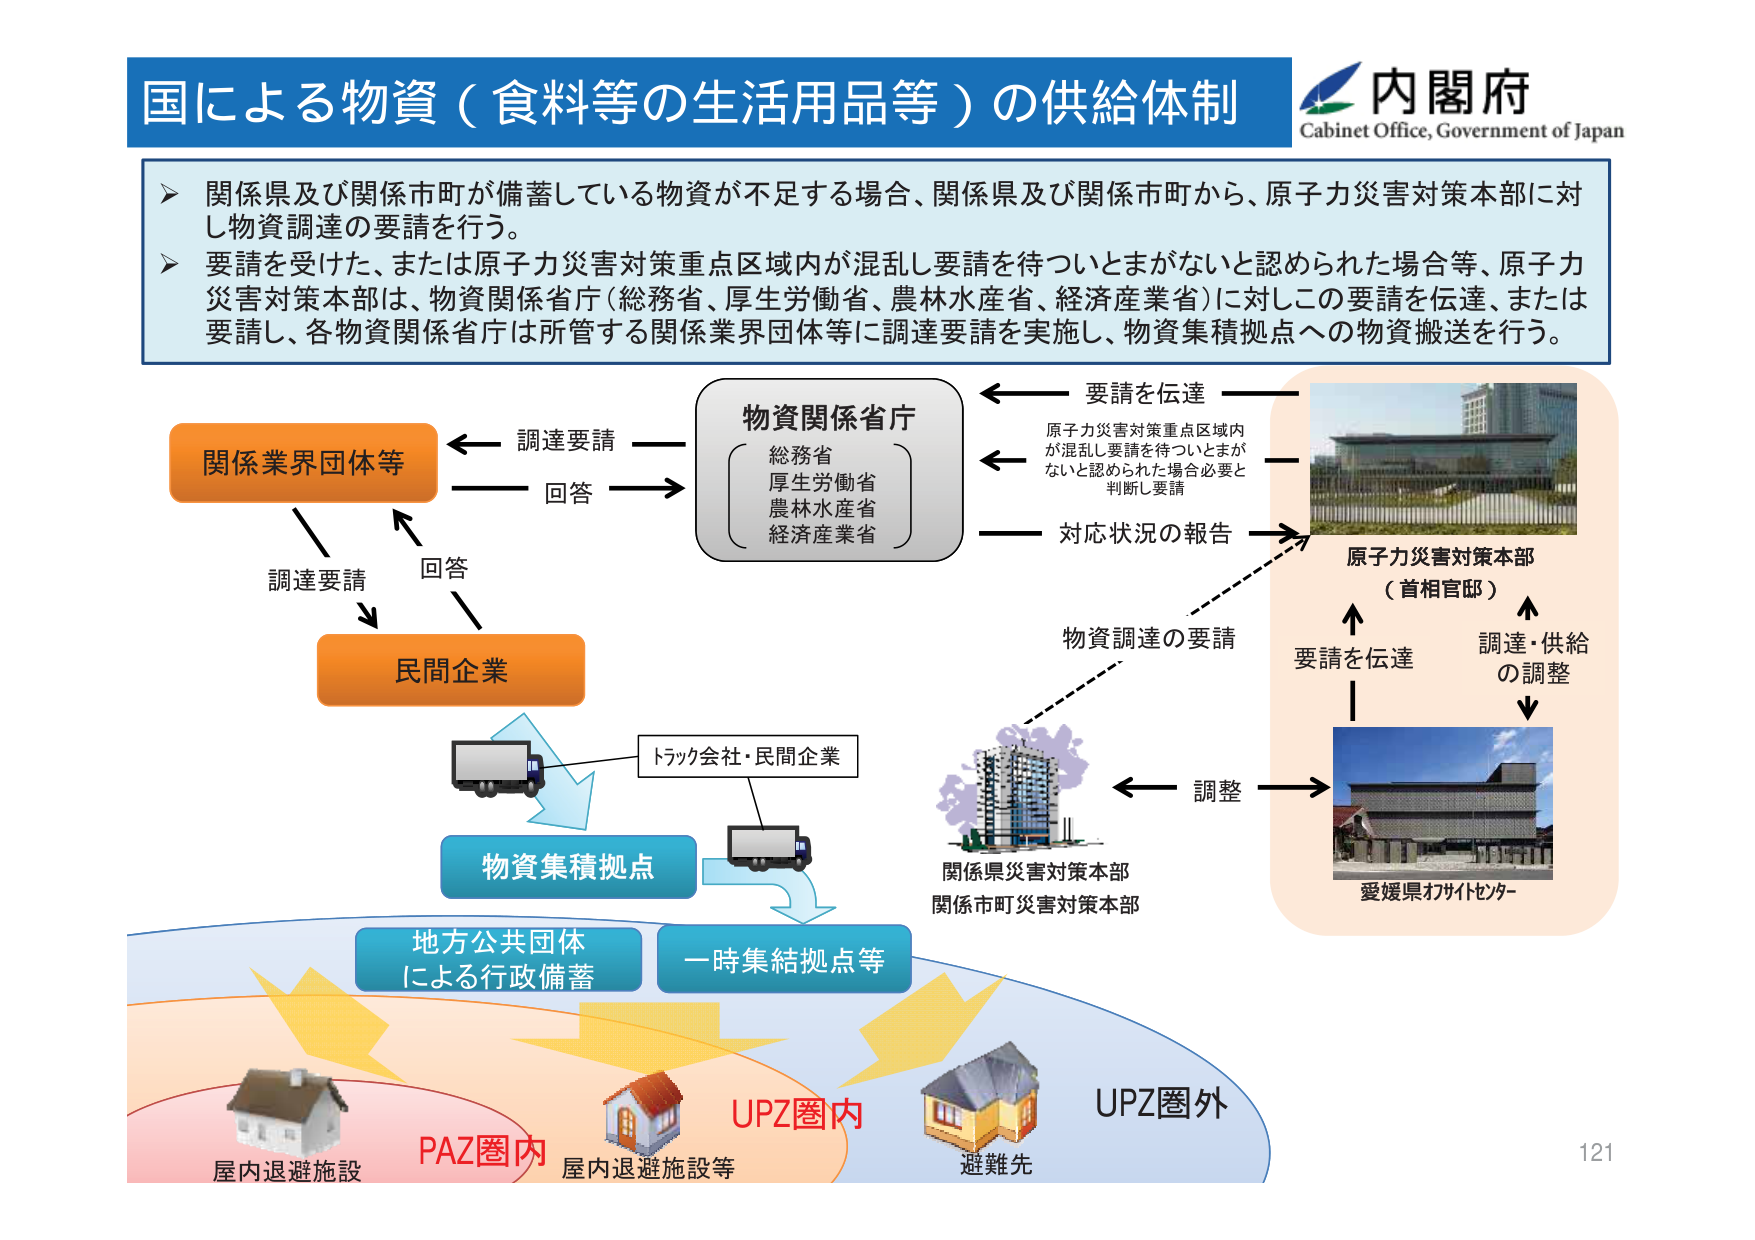
国による物資（食料等の生活用品等）の供給体制
内閣府
Cabinet Office, Government of Japan

➤ 関係県及び関係市町が備蓄している物資が不足する場合、関係県及び関係市町から、原子力災害対策本部に対し物資調達の要請を行う。
➤ 要請を受けた、または原子力災害対策重点区域内が混乱し要請を待ついとまがないと認められた場合等、原子力災害対策本部は、物資関係省庁（総務省、厚生労働省、農林水産省、経済産業省）に対しこの要請を伝達、または要請し、各物資関係省庁は所管する関係業界団体等に調達要請を実施し、物資集積拠点への物資搬送を行う。

物資関係省庁
総務省
厚生労働省
農林水産省
経済産業省

関係業界団体等
← 調達要請 →
← 回答 →
民間企業
↓
調達要請
↑
回答

トラック会社・民間企業
→ 物資集積拠点

要請を伝達
原子力災害対策重点区域内が混乱し要請を待ついとまがないと認められた場合必要と判断し要請
対応状況の報告
→ 原子力災害対策本部（首相官邸）
↑ 要請を伝達
↓ 調達・供給の調整
→ 愛媛県オフィスセンター
← 調整
→ 関係県災害対策本部
関係市町災害対策本部

物資調達の要請

地方公共団体による行政備蓄
一時集結拠点等

PAZ圏内
屋内退避施設
屋内退避施設等
UPZ圏内
避難先
UPZ圏外

121